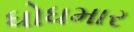
ધોધમાર